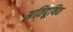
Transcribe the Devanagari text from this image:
अतिदूषित